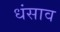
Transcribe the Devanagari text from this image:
धंसाव